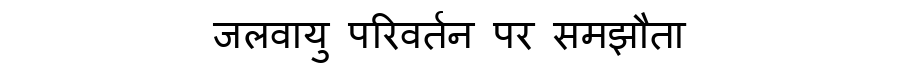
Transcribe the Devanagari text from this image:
जलवायु परिवर्तन पर समझौता